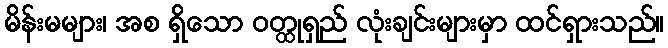
မိန်းမများ၊ အစ ရှိသော ဝတ္ထုရှည် လုံးချင်းများမှာ ထင်ရှားသည်။